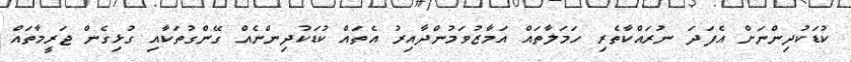
ކުޑަކުދިންނަށް އެފަދަ ނުރައްކާތެރި ހަމަލާތައް އަމާޒުވަމުންދާއިރު އެތައް ކުޑަކުދިންނެއް ގޭންގުތަކާއި ގުޅިގެން ޖަރީމާތައް